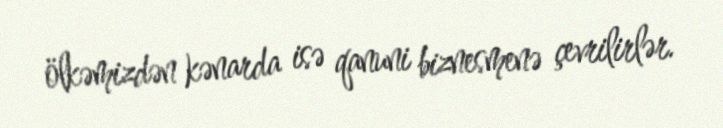
ölkəmizdən kənarda isə qanuni biznesmenə çevrilirlər.